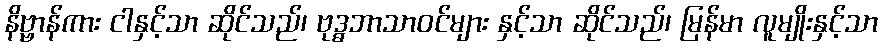
နိဗ္ဗာန်ကား ငါနှင့်သာ ဆိုင်သည်၊ ဗုဒ္ဓဘာသာဝင်များ နှင့်သာ ဆိုင်သည်၊ မြန်မာ လူမျိုးနှင့်သာ